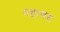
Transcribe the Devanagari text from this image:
नहायत